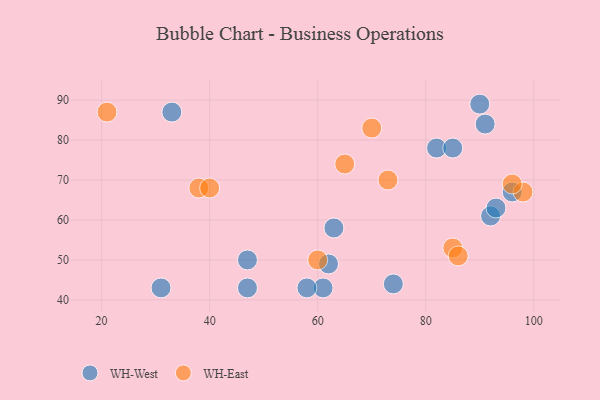
{"axis": {"x": "GDP", "y": "Life Expectancy"}, "legend": ["WH-East", "WH-West"], "data": [{"x": "47", "y": 50, "type": "WH-West"}, {"x": "33", "y": 87, "type": "WH-West"}, {"x": "47", "y": 43, "type": "WH-West"}, {"x": "61", "y": 43, "type": "WH-West"}, {"x": "62", "y": 49, "type": "WH-West"}, {"x": "92", "y": 61, "type": "WH-West"}, {"x": "74", "y": 44, "type": "WH-West"}, {"x": "90", "y": 89, "type": "WH-West"}, {"x": "58", "y": 43, "type": "WH-West"}, {"x": "31", "y": 43, "type": "WH-West"}, {"x": "82", "y": 78, "type": "WH-West"}, {"x": "63", "y": 58, "type": "WH-West"}, {"x": "96", "y": 67, "type": "WH-West"}, {"x": "91", "y": 84, "type": "WH-West"}, {"x": "93", "y": 63, "type": "WH-West"}, {"x": "85", "y": 78, "type": "WH-West"}, {"x": "85", "y": 53, "type": "WH-East"}, {"x": "73", "y": 70, "type": "WH-East"}, {"x": "38", "y": 68, "type": "WH-East"}, {"x": "40", "y": 68, "type": "WH-East"}, {"x": "98", "y": 67, "type": "WH-East"}, {"x": "60", "y": 50, "type": "WH-East"}, {"x": "21", "y": 87, "type": "WH-East"}, {"x": "86", "y": 51, "type": "WH-East"}, {"x": "65", "y": 74, "type": "WH-East"}, {"x": "96", "y": 69, "type": "WH-East"}, {"x": "70", "y": 83, "type": "WH-East"}]}